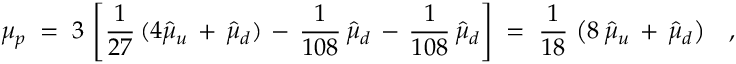
\mu _ { p } \; = \; 3 \, \left[ \frac { 1 } { 2 7 } \, ( 4 \hat { \mu } _ { u } \, + \, \hat { \mu } _ { d } ) \, - \, \frac { 1 } { 1 0 8 } \, \hat { \mu } _ { d } \, - \, \frac { 1 } { 1 0 8 } \, \hat { \mu } _ { d } \right] \; = \; \frac { 1 } { 1 8 } \, \left( 8 \, \hat { \mu } _ { u } \, + \, \hat { \mu } _ { d } \right) \; \; \; ,